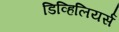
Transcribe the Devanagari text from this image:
डिव्हिलियर्स